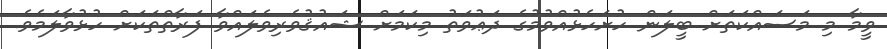
ވީމާ މި މަސައްކަތަށް ބީލަން ހުށަހެޅުއްވުމުގެ ދަޢުވަތު މިކަމަށް ޝައުޤުވެރިވެލައްވާ ފަރާތްތަކަށް ހުޅުވާލަމެވެ.